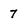
Character: 7